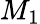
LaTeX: M_{1}